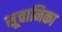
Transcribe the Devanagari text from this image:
सूचानिका